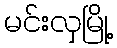
မင်းလှမြို့